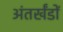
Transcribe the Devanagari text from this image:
अंतर्खंडों